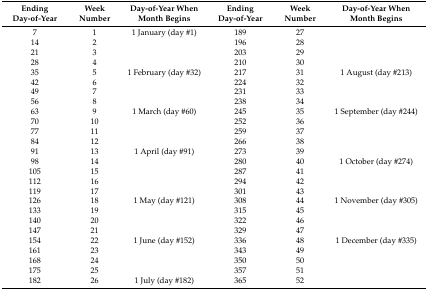
<table><thead><tr><td><b>Ending Day-of-Year</b></td><td><b>Week Number</b></td><td><b>Day-of-Year When Month Begins</b></td><td><b>Ending Day-of-Year</b></td><td><b>Week Number</b></td><td><b>Day-of-Year When Month Begins</b></td></tr></thead><tbody><tr><td>7</td><td>1</td><td>1 January (day #1)</td><td>189</td><td>27</td><td></td></tr><tr><td>14</td><td>2</td><td></td><td>196</td><td>28</td><td></td></tr><tr><td>21</td><td>3</td><td></td><td>203</td><td>29</td><td></td></tr><tr><td>28</td><td>4</td><td></td><td>210</td><td>30</td><td></td></tr><tr><td>35</td><td>5</td><td>1 February (day #32)</td><td>217</td><td>31</td><td>1 August (day #213)</td></tr><tr><td>42</td><td>6</td><td></td><td>224</td><td>32</td><td></td></tr><tr><td>49</td><td>7</td><td></td><td>231</td><td>33</td><td></td></tr><tr><td>56</td><td>8</td><td></td><td>238</td><td>34</td><td></td></tr><tr><td>63</td><td>9</td><td>1 March (day #60)</td><td>245</td><td>35</td><td>1 September (day #244)</td></tr><tr><td>70</td><td>10</td><td></td><td>252</td><td>36</td><td></td></tr><tr><td>77</td><td>11</td><td></td><td>259</td><td>37</td><td></td></tr><tr><td>84</td><td>12</td><td></td><td>266</td><td>38</td><td></td></tr><tr><td>91</td><td>13</td><td>1 April (day #91)</td><td>273</td><td>39</td><td></td></tr><tr><td>98</td><td>14</td><td></td><td>280</td><td>40</td><td>1 October (day #274)</td></tr><tr><td>105</td><td>15</td><td></td><td>287</td><td>41</td><td></td></tr><tr><td>112</td><td>16</td><td></td><td>294</td><td>42</td><td></td></tr><tr><td>119</td><td>17</td><td></td><td>301</td><td>43</td><td></td></tr><tr><td>126</td><td>18</td><td>1 May (day #121)</td><td>308</td><td>44</td><td>1 November (day #305)</td></tr><tr><td>133</td><td>19</td><td></td><td>315</td><td>45</td><td></td></tr><tr><td>140</td><td>20</td><td></td><td>322</td><td>46</td><td></td></tr><tr><td>147</td><td>21</td><td></td><td>329</td><td>47</td><td></td></tr><tr><td>154</td><td>22</td><td>1 June (day #152)</td><td>336</td><td>48</td><td>1 December (day #335)</td></tr><tr><td>161</td><td>23</td><td></td><td>343</td><td>49</td><td></td></tr><tr><td>168</td><td>24</td><td></td><td>350</td><td>50</td><td></td></tr><tr><td>175</td><td>25</td><td></td><td>357</td><td>51</td><td></td></tr><tr><td>182</td><td>26</td><td>1 July (day #182)</td><td>365</td><td>52</td><td></td></tr></tbody></table>